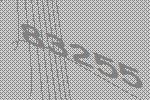
83255